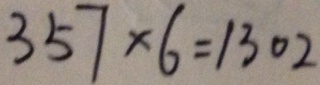
3 5 7 \times 6 = 1 3 0 2